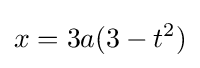
x=3a(3-t^{2})